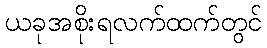
ယခုအစိုးရလက်ထက်တွင်